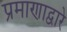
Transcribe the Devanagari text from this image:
प्रमाणाद्वारे